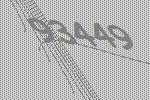
93449